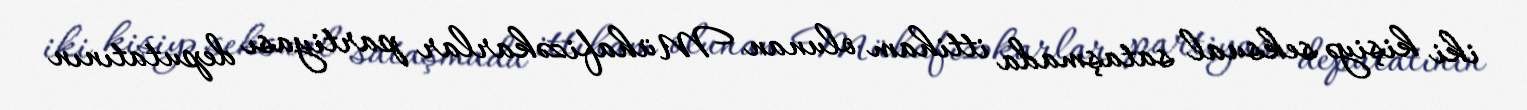
iki kişiyə seksual sataşmada ittiham olunan Mühafizəkarlar partiyası deputatının